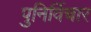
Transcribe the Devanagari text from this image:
पुनिर्विचार